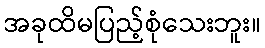
အခုထိမပြည့်စုံသေးဘူး။